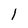
Character: l